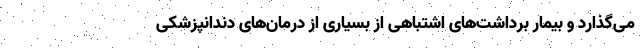
می‌گذارد و بیمار برداشت‌های اشتباهی از بسیاری از درمان‌های دندانپزشکی